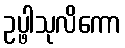
ဥပ္ဖါသုလိကော